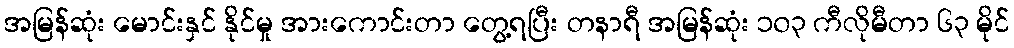
အမြန်ဆုံး မောင်းနှင် နိုင်မှု အားကောင်းတာ တွေ့ရပြီး တနာရီ အမြန်ဆုံး ၁၀၃ ကီလိုမီတာ ၆၃ မိုင်